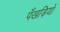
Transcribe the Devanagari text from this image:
पँखड़ियों